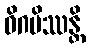
ဝိဂမိဿန္တိ